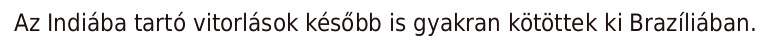
Az Indiába tartó vitorlások később is gyakran kötöttek ki Brazíliában.